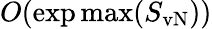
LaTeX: O(\exp\operatorname*{max}(S_{\mathrm{vN}}))